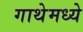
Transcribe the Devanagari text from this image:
गाथेमध्ये